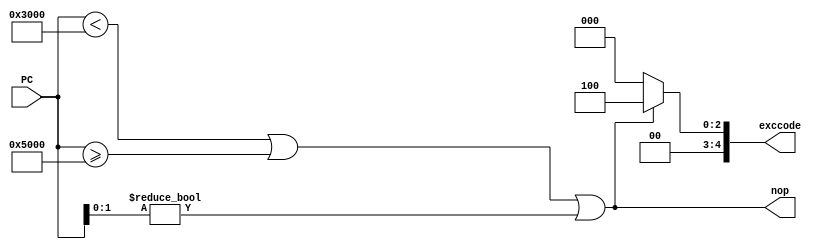
`timescale 1ns / 1ps
//////////////////////////////////////////////////////////////////////////////////
// Company: 
// Engineer: 
// 
// Design Name: 
// Module Name:    IF_Exception 
// Project Name: 
// Target Devices: 
// Tool versions: 
// Description: 
//
// Dependencies: 
//
// Revision: 
// Revision 0.01 - File Created
// Additional Comments: 
//
//////////////////////////////////////////////////////////////////////////////////
module IF_Exception(
    input [31:0] PC,
    output nop,
    output [4:0] exccode
    );
	assign nop=(PC<32'h00003000 || PC>=32'h00005000 || PC[1:0]!=0);
	assign exccode=(PC<32'h00003000 || PC>=32'h00005000 || PC[1:0]!=0)?4:0;

endmodule